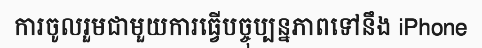
ការចូលរួមជាមួយការធ្វើបច្ចុប្បន្នភាពទៅនឹង iPhone